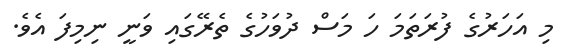
މި އަހަރުގެ ފުރަތަމަ ހަ މަސް ދުވަހުގެ ތެރޭގައި ވަނީ ނިމިފަ އެވެ.